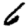
Digit: 6